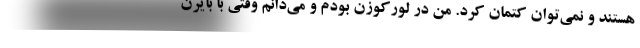
هستند و نمی‌توان کتمان کرد. من در لورکوزن بودم و می‌دانم وقتی با بایرن